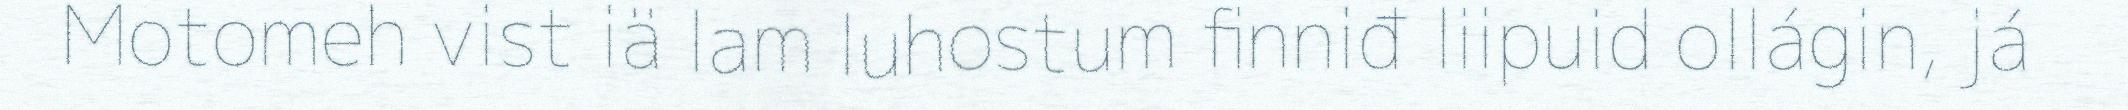
Motomeh vist iä lam luhostum finniđ liipuid ollágin, já